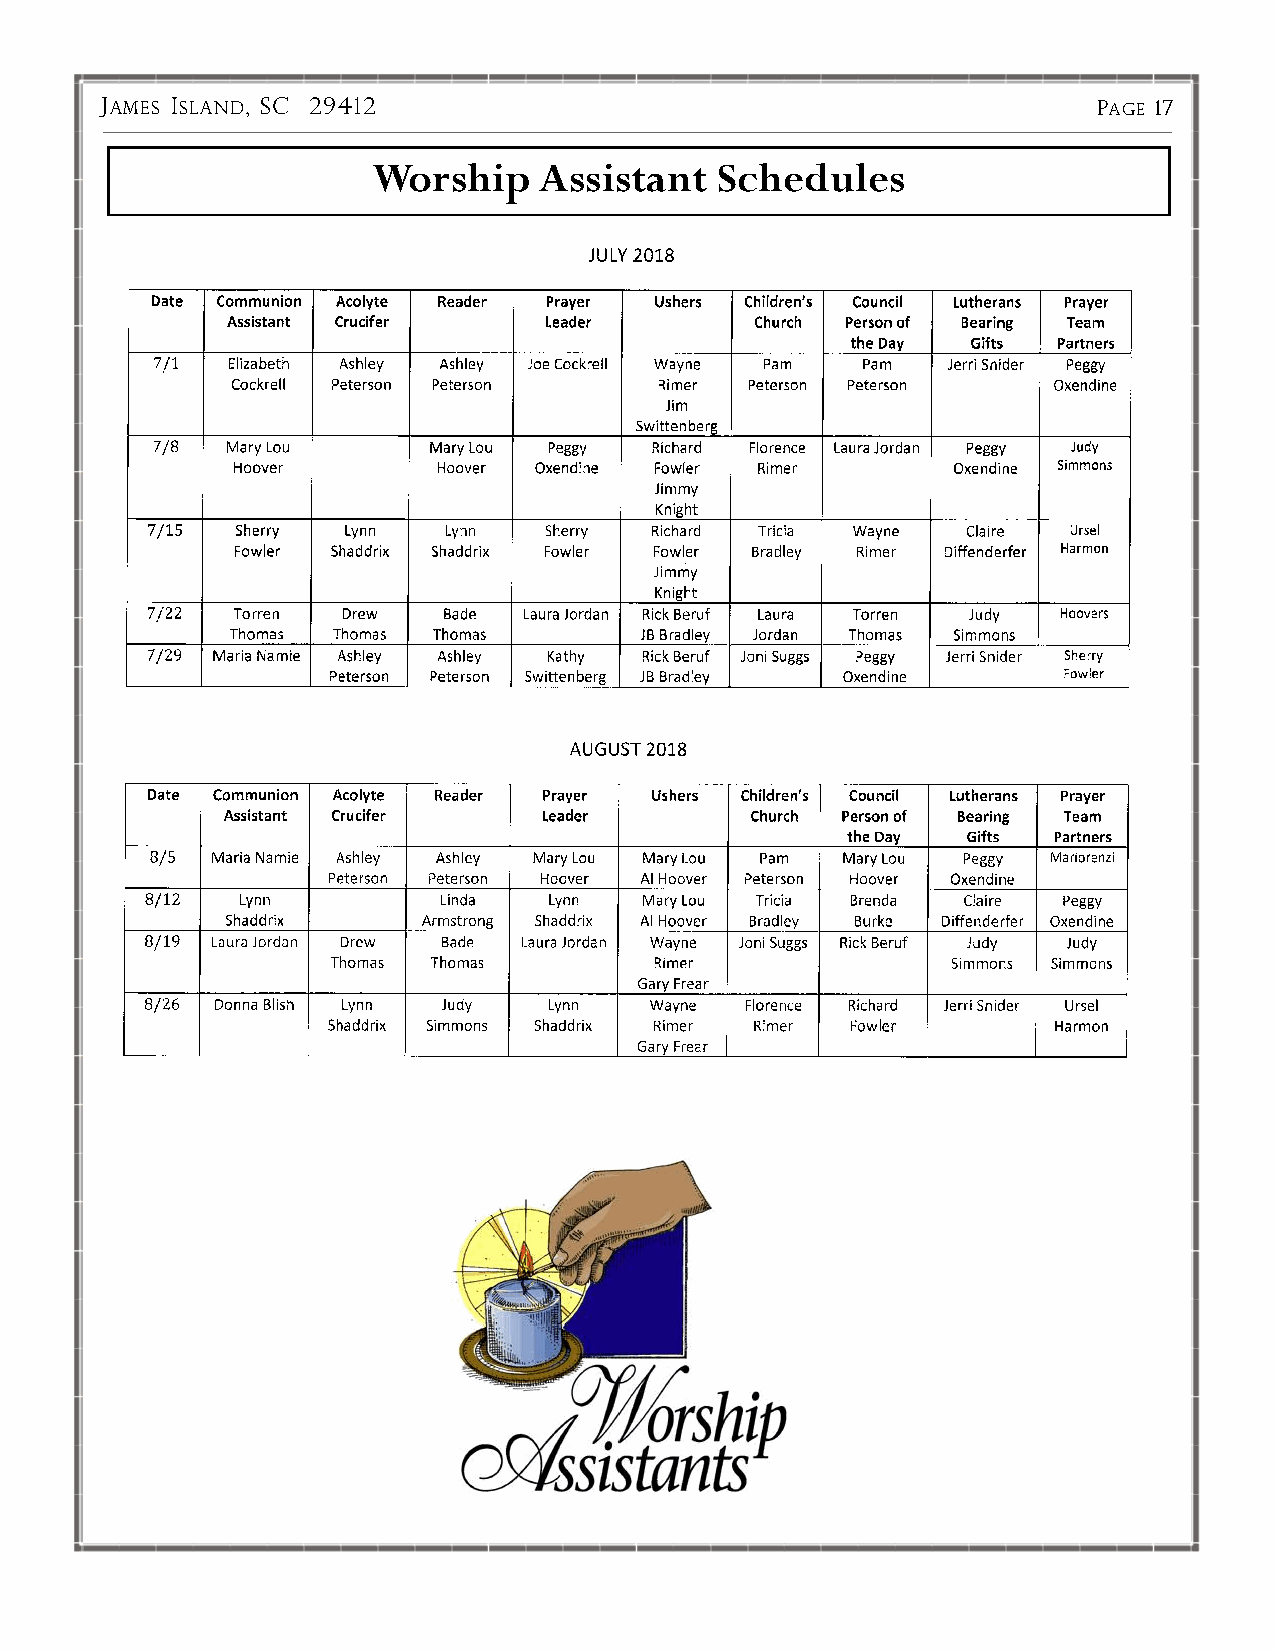
JAMES ISLAND, SC 29412                                            PAGE 17
 Worship    Assistant  Schedules